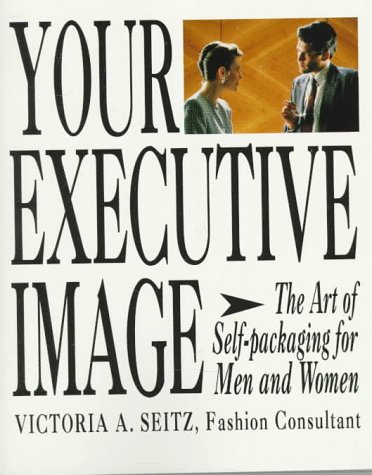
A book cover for Your Executive Image: The Art of Self-Packaging for Men and Women; Victoria A. Seitz; Business & Money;